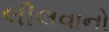
લીલવાનો